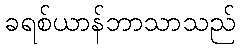
ခရစ်ယာန်ဘာသာသည်